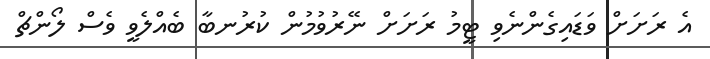
އެ ރަށަށް ވަޑައިގެންނެވި ޓީމު ރަށަށް ނޭރުވުމުން ކުރުނބާ ބެއްލެވީ ވެސް ލޯންޗް